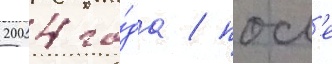
2004 го́да / посл'е